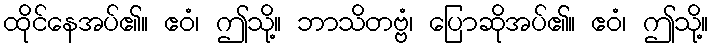
ထိုင်နေအပ်၏။ ဧဝံ၊ ဤသို့။ ဘာသိတဗ္ဗံ၊ ပြောဆိုအပ်၏။ ဧဝံ၊ ဤသို့။